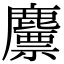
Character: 䴩